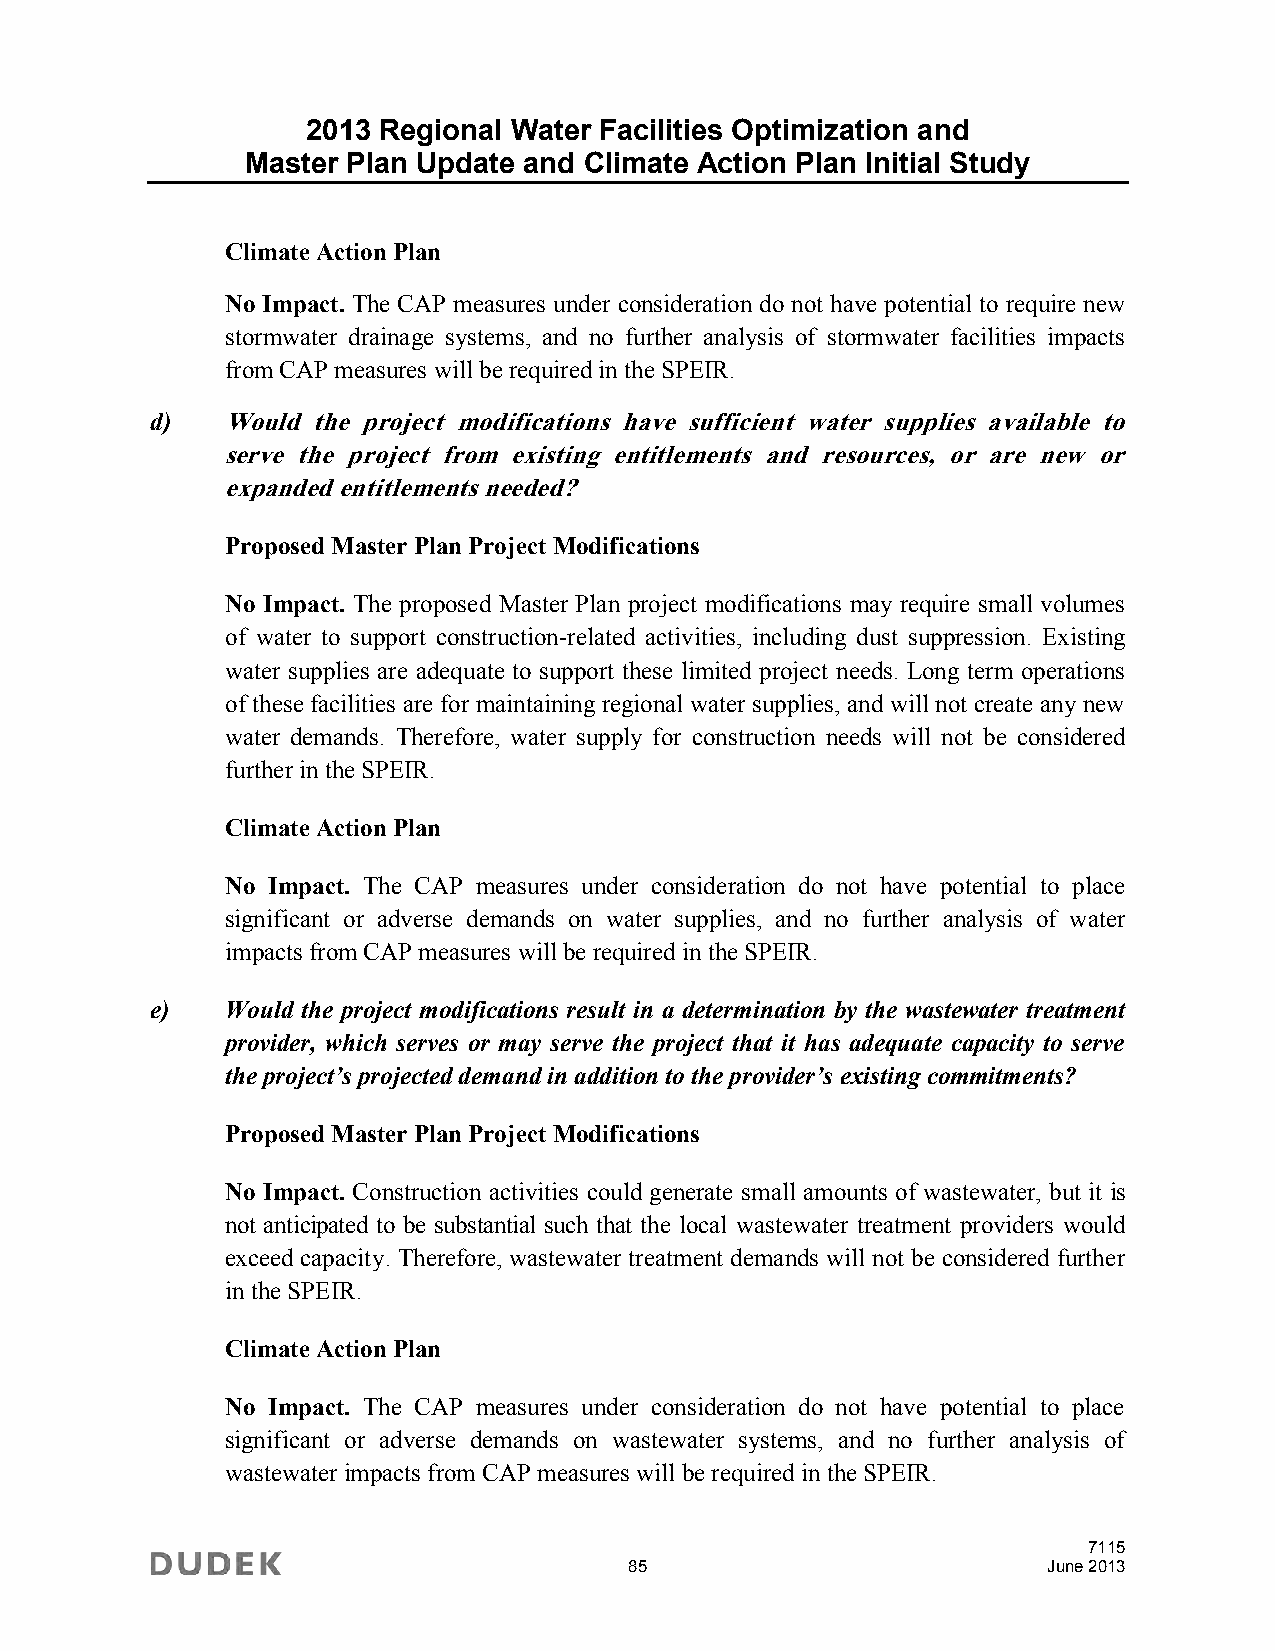
2013 Regional Water Facilities Optimization and
 Master Plan Update and Climate Action Plan Initial Study
 Climate Action Plan
 No Impact. The CAP measures under consideration do not have potential to require new
 stormwater drainage systems, and no further analysis of stormwater facilities impacts
 from CAP measures will be required in the SPEIR.
 d)   Would the project modifications have sufficient water supplies available to
 serve the project from existing entitlements and resources, or are new or
 expanded entitlements needed?
 Proposed Master Plan Project Modifications
 No Impact. The proposed Master Plan project modifications may require small volumes
 of water to support construction-related activities, including dust suppression. Existing
 water supplies are adequate to support these limited project needs. Long term operations
 of these facilities are for maintaining regional water supplies, and will not create any new
 water demands. Therefore, water supply for construction needs will not be considered
 further in the SPEIR.
 Climate Action Plan
 No Impact. The CAP measures under consideration do not have potential to place
 significant or adverse demands on water supplies, and no further analysis of water
 impacts from CAP measures will be required in the SPEIR.
 e)   Would the project modifications result in a determination by the wastewater treatment
 provider, which serves or may serve the project that it has adequate capacity to serve
 the project’s projected demand in addition to the provider’s existing commitments?
 Proposed Master Plan Project Modifications
 No Impact. Construction activities could generate small amounts of wastewater, but it is
 not anticipated to be substantial such that the local wastewater treatment providers would
 exceed capacity. Therefore, wastewater treatment demands will not be considered further
 in the SPEIR.
 Climate Action Plan
 No Impact. The CAP measures under consideration do not have potential to place
 significant or adverse demands on wastewater systems, and no further analysis of
 wastewater impacts from CAP measures will be required in the SPEIR.
 7115
 85                         June 2013